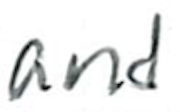
Text: and
Cross-out: clean
Writing tool: ballpoint